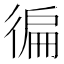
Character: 徧